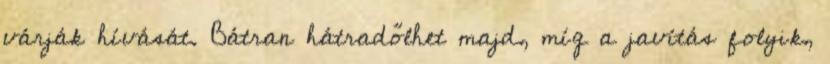
várják hívását. Bátran hátradőlhet majd, míg a javítás folyik,